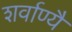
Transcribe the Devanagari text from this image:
शर्वाण्यै